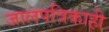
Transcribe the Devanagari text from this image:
जालपत्रिकाही